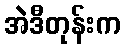
အဲဒီတုန်းက